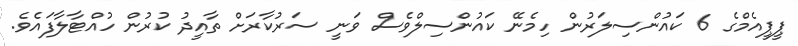
ޕީޕީއެމްގެ 6 ކައުންސިލަރުން ހިމެނޭ ކައުންސިލްވެސް ވަނީ ސަރުކާރަށް ތާއީދު ކުރުން ހުއްޓާލާފައެވެ.